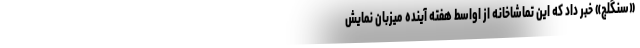
«سنگلج» خبر داد که این تماشاخانه از اواسط هفته آینده میزبان نمایش